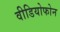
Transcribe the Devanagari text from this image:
वीडियोफोन